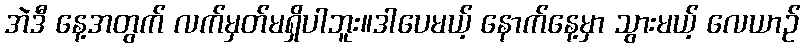
အဲဒီ နေ့အတွက် လက်မှတ်မရှိပါဘူး။ဒါပေမယ့် နောက်နေ့မှာ သွားမယ့် လေယာဉ်